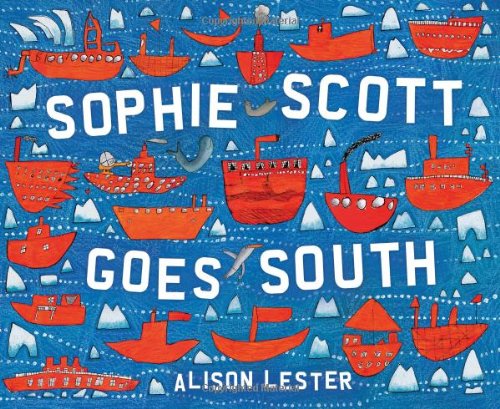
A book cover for Sophie Scott Goes South; Alison Lester; Travel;